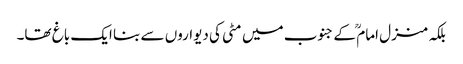
بلکہ منزل امام ؒ کے جنوب میں مٹی کی دیواروں سے بنا ایک باغ تھا۔